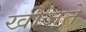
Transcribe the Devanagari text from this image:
खीजते